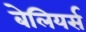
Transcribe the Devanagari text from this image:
बेलियर्स